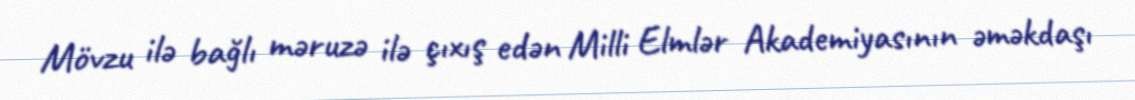
Mövzu ilə bağlı məruzə ilə çıxış edən Milli Elmlər Akademiyasının əməkdaşı